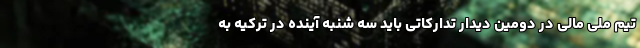
تیم ملی مالی در دومین دیدار تدارکاتی باید سه شنبه آینده در ترکیه به